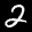
Label: 2